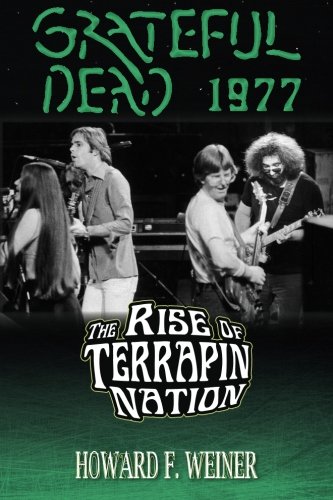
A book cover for Grateful Dead 1977: The Rise of Terrapin Nation; Howard F. Weiner; Arts & Photography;